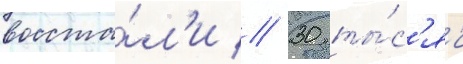
восста́л'и // 30 ты́с'яч